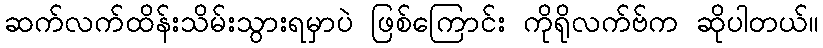
ဆက်လက်ထိန်းသိမ်းသွားရမှာပဲ ဖြစ်ကြောင်း ကိုရိုလက်ဗ်က ဆိုပါတယ်။